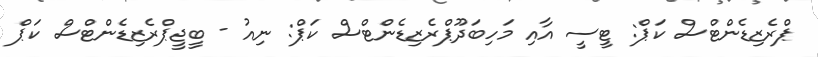
ޕްރެޒިޑެންޓްސް ކަޕް: ޓީސީ އާއި މަހިބަދޫޕްރެޒިޑެންޓްސް ކަޕް: ނިއު - ބީޖީޕްރެޒިޑެންޓްސް ކަޕް